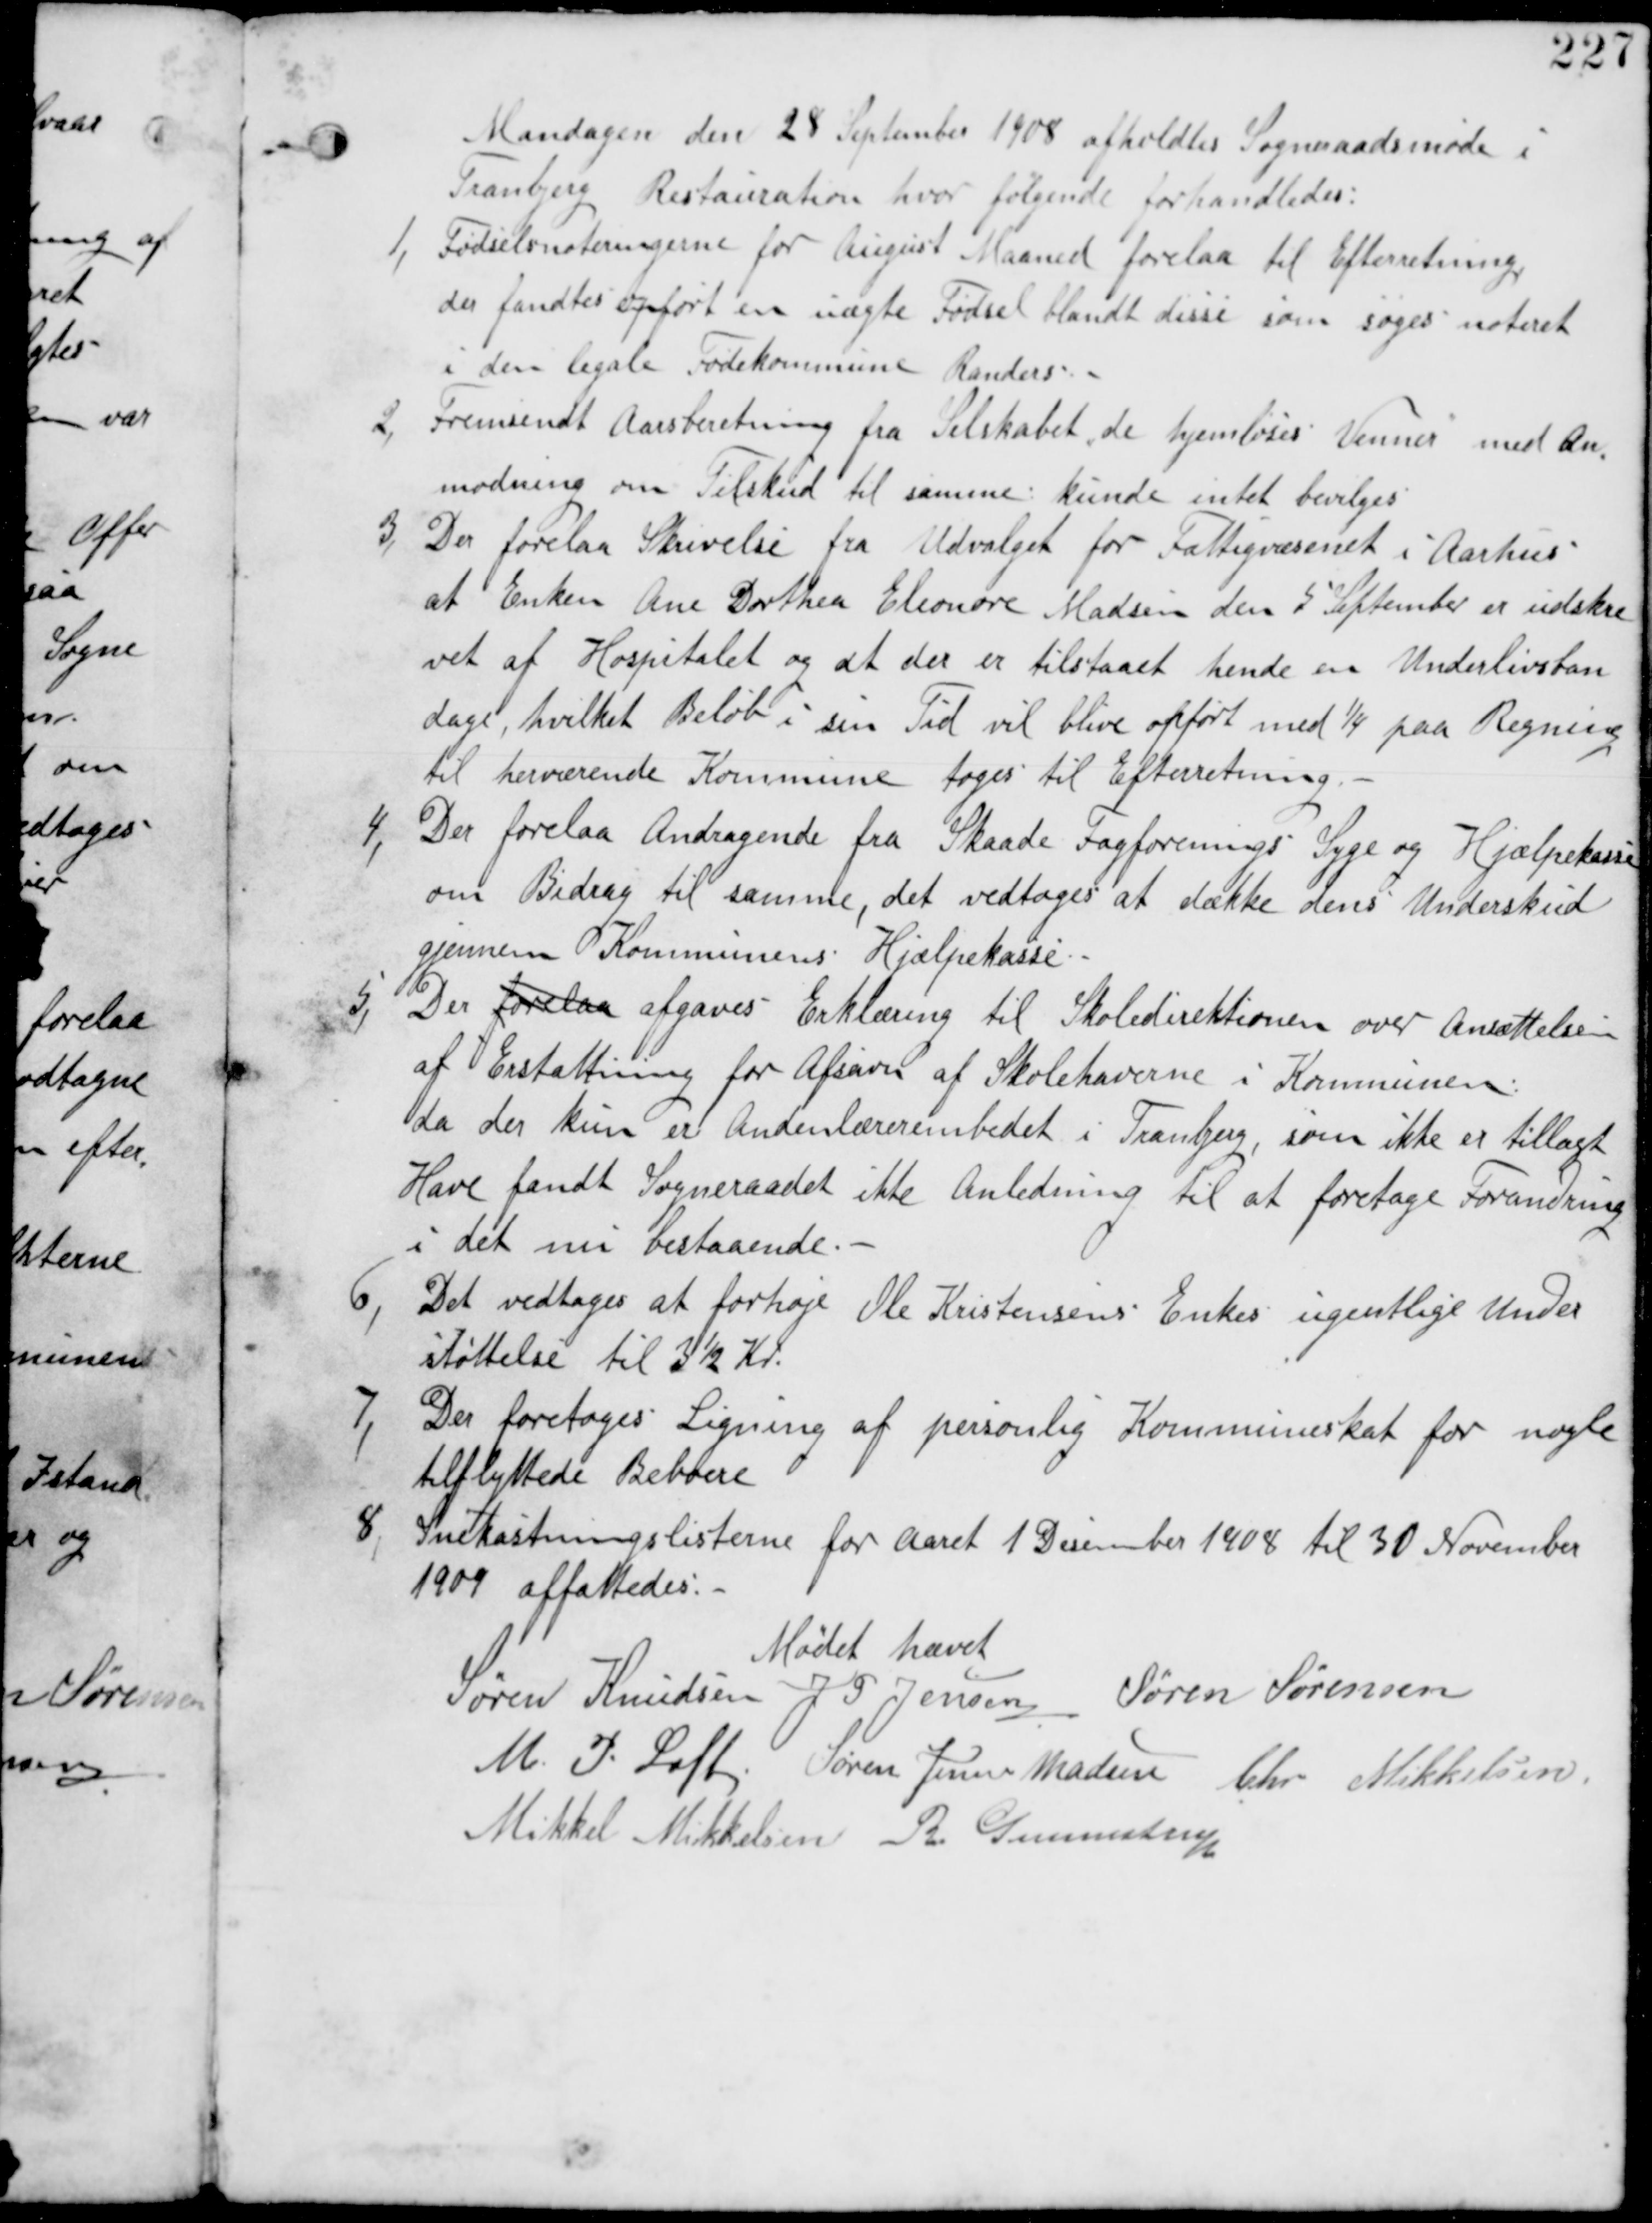
Transskription:
Mandagen den 28 September 1908 afholdes Sogneraadsmøde i
Tranbjerg Restauration hvor følgende forhandledes.

1, Fødselsnoteringerne for August Maaned forelaa til Efterretning,
der fandtes opført en uægte Fødsel blandt disse som søges noteret
i den legale Fødekommune Randers,

2, Fremsendt Aarsberetning fra Selskabet de hjemløses Venner med An
modning om Tilskud til samme : kunde intet bevilges.

3, Der forelaa Skrivelse fra Udvalget for Fattigvæsenet i Aarhus
at Enken Ane Dorthea Elenore Madsen den 5 September er udskre
vet af Hospitalet og at der er tilstaaet hende en Underlivban
dage, hvilket Beløb i sin Tid vil blive opført med 1/4 paa Regning
til herværende Kommune tages til Efterrettning.

4, Der forelaa Andragende fra Skaade Fagforenings Syge og Hjælpekasse
om Bidrag til samme, det vedtages at dække dens Underskud
gjennem Kommunens Hjælpekasse.

5, Der forelaa afgaves Erklæring til Skoledirektionen over Ansættelsen
af Erstatning for Afsavn af Skolehaverne i Kommunen
da der kun er Andenlærerembedet i Tranbjerg, som ikke er tillagt
Have fandt Sogneraadet ikke Anledning til at foretage Forandring
i det nu bestaaende.

6, Det vedtages at forhøje Ole Kristensens Enkes ugentlige Under
støttelse til 3½ Kr.

7,
Der foretages Ligning af personlig Kommuneskat for nogle
tilflyttede beboere.

8, Snekastningslisterne for Aaret 1. December 1908 til 30 November
1909 affattedes.

Mødet hævet
Søren Knudsen J P Jensen Søren Sørensen
M P Loft Søren Jensen Madsen Chr Mikkelsen
Mikkel Mikkelsen R Gunnestrup